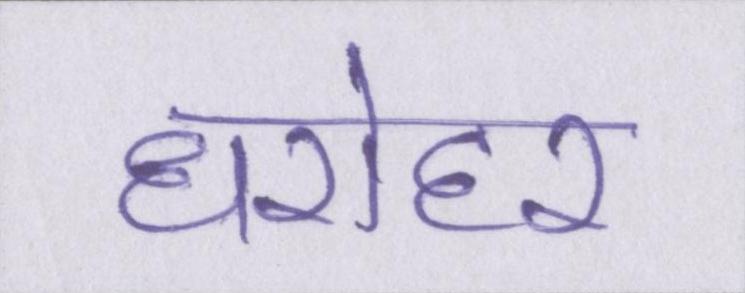
धरोहर